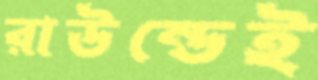
রাউন্ডেই